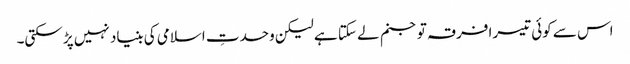
اس سے کوئی تیسرا فرقہ تو جنم لے سکتا ہے لیکن وحدتِ اسلامی کی بنیاد نہیں پڑ سکتی۔